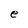
Character: e